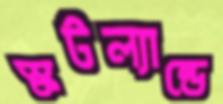
স্কটল্যান্ডে